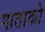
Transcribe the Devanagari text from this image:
माताको